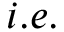
i . e .